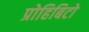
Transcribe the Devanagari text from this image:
प्रोहिबिटो